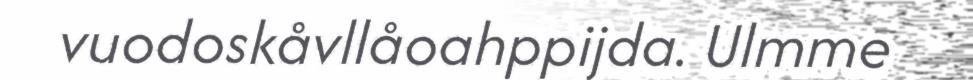
vuodoskåvllåoahppijda. Ulmme